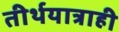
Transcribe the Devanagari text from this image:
तीर्थयात्राही